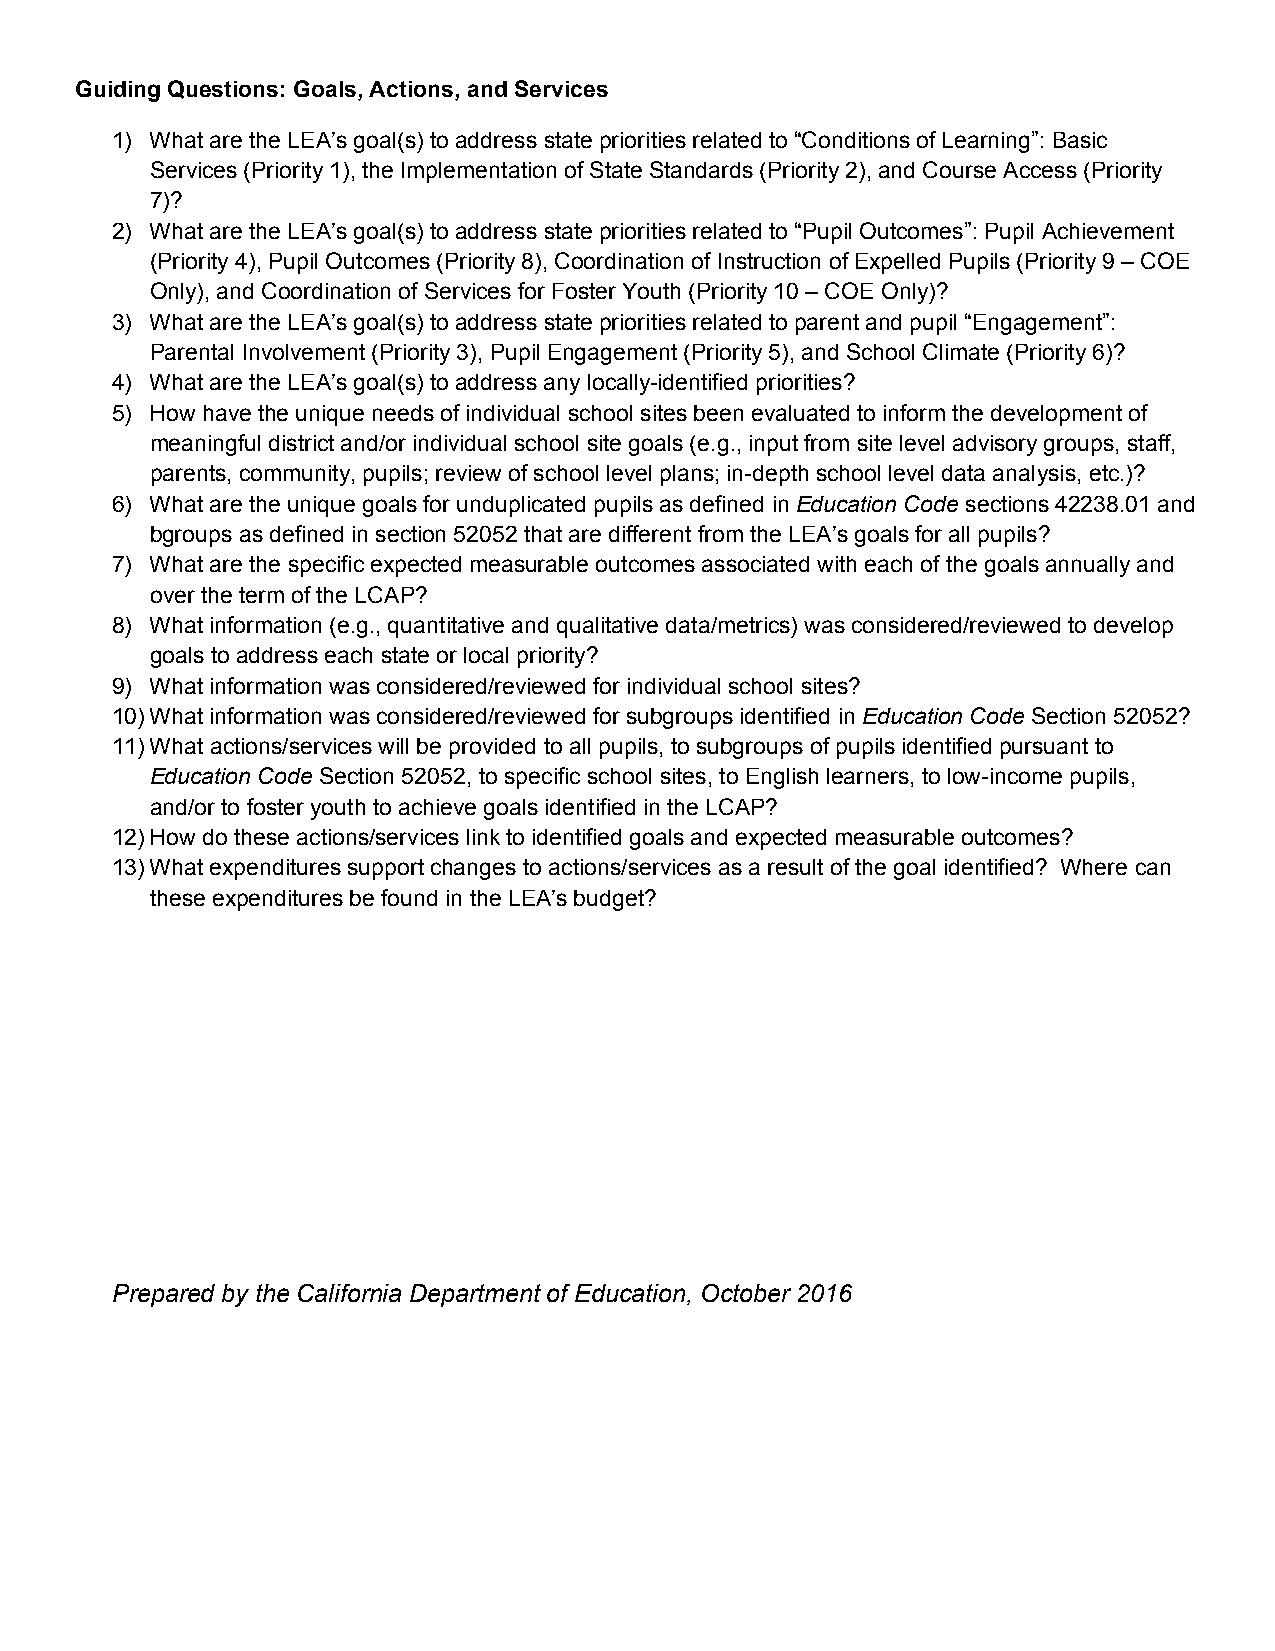
Guiding Questions: Goals, Actions, and Services
 1) What are the LEA’s goal(s) to address state priorities related to “Conditions of Learning”: Basic
 Services (Priority 1), the Implementation of State Standards (Priority 2), and Course Access (Priority
 7)?
 2) What are the LEA’s goal(s) to address state priorities related to “Pupil Outcomes”: Pupil Achievement
 (Priority 4), Pupil Outcomes (Priority 8), Coordination of Instruction of Expelled Pupils (Priority 9 – COE
 Only), and Coordination of Services for Foster Youth (Priority 10 – COE Only)?
 3) What are the LEA’s goal(s) to address state priorities related to parent and pupil “Engagement”:
 Parental Involvement (Priority 3), Pupil Engagement (Priority 5), and School Climate (Priority 6)?
 4) What are the LEA’s goal(s) to address any locally-identified priorities?
 5) How have the unique needs of individual school sites been evaluated to inform the development of
 meaningful district and/or individual school site goals (e.g., input from site level advisory groups, staff,
 parents, community, pupils; review of school level plans; in-depth school level data analysis, etc.)?
 6) What are the unique goals for unduplicated pupils as defined in Education Code sections 42238.01 and
 bgroups as defined in section 52052 that are different from the LEA’s goals for all pupils?
 7) What are the specific expected measurable outcomes associated with each of the goals annually and
 over the term of the LCAP?
 8) What information (e.g., quantitative and qualitative data/metrics) was considered/reviewed to develop
 goals to address each state or local priority?
 9) What information was considered/reviewed for individual school sites?
 10)What information was considered/reviewed for subgroups identified in Education Code Section 52052?
 11)What actions/services will be provided to all pupils, to subgroups of pupils identified pursuant to
 Education Code Section 52052, to specific school sites, to English learners, to low-income pupils,
 and/or to foster youth to achieve goals identified in the LCAP?
 12)How do these actions/services link to identified goals and expected measurable outcomes?
 13)What expenditures support changes to actions/services as a result of the goal identified? Where can
 these expenditures be found in the LEA’s budget?
 Prepared by the California Department of Education, October 2016